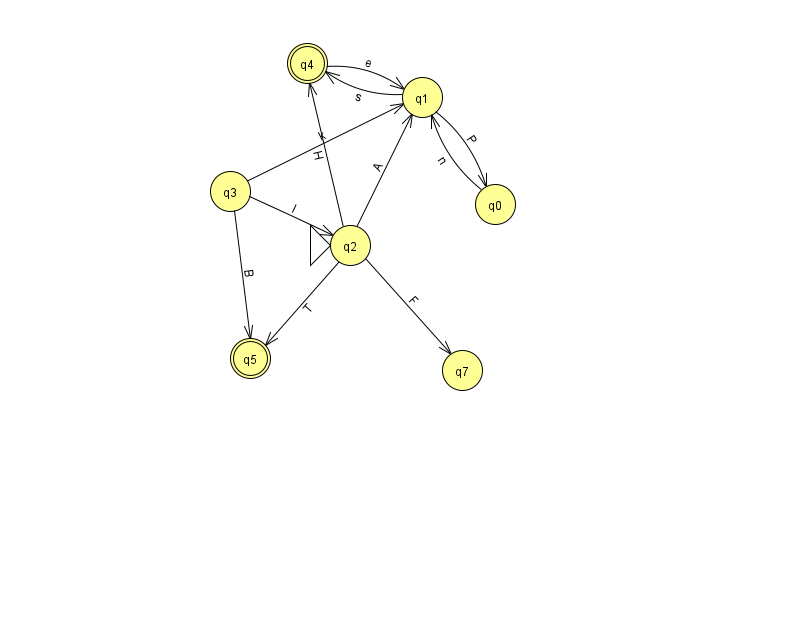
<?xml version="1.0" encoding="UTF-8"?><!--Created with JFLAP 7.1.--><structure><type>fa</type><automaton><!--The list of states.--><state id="0" name="q0"><x>495.0</x><y>191.0</y></state><state id="1" name="q1"><x>422.0</x><y>84.0</y></state><state id="2" name="q2"><x>350.0</x><y>232.0</y><initial/></state><state id="3" name="q3"><x>230.0</x><y>178.0</y></state><state id="4" name="q4"><x>307.0</x><y>50.0</y><final/></state><state id="5" name="q5"><x>250.0</x><y>345.0</y><final/></state><state id="7" name="q7"><x>462.0</x><y>357.0</y></state><!--The list of transitions.--><transition><from>2</from><to>5</to><read>T</read></transition><transition><from>3</from><to>2</to><read>l</read></transition><transition><from>1</from><to>0</to><read>P</read></transition><transition><from>0</from><to>1</to><read>n</read></transition><transition><from>4</from><to>1</to><read>e</read></transition><transition><from>2</from><to>4</to><read>H</read></transition><transition><from>2</from><to>7</to><read>F</read></transition><transition><from>3</from><to>1</to><read>k</read></transition><transition><from>1</from><to>4</to><read>s</read></transition><transition><from>2</from><to>1</to><read>A</read></transition><transition><from>3</from><to>5</to><read>B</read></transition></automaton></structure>